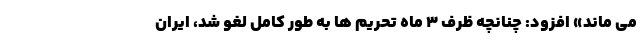
می ماند» افزود: چنانچه ظرف ۳ ماه تحریم ها به طور کامل لغو شد، ایران